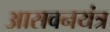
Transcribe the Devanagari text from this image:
आसवनयंत्र